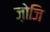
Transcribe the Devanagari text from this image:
ज़ोजि